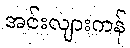
အင်းလျားကန်